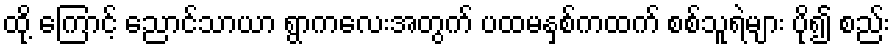
ထို့ ကြောင့် ညောင်သာယာ ရွာကလေးအတွက် ပထမနှစ်ကထက် စစ်သူရဲများ ပို၍ စည်း